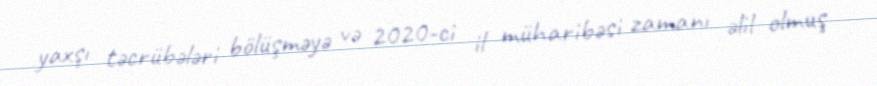
yaxşı təcrübələri bölüşməyə və 2020-ci il müharibəsi zamanı əlil olmuş